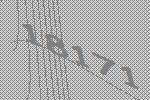
18171